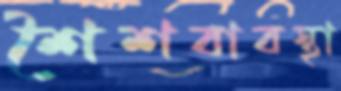
শৈশবাবস্থা